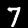
Digit: 7